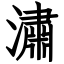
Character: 潚